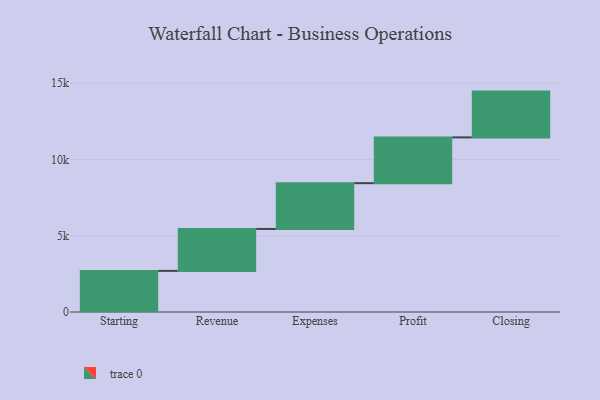
{"axis": {"x": "Step", "y": "Value"}, "legend": [""], "data": [{"x": "Starting", "y": 2694.0, "type": ""}, {"x": "Revenue", "y": 2748.0, "type": ""}, {"x": "Expenses", "y": 3000, "type": ""}, {"x": "Profit", "y": 3000, "type": ""}, {"x": "Closing", "y": 3000, "type": ""}]}